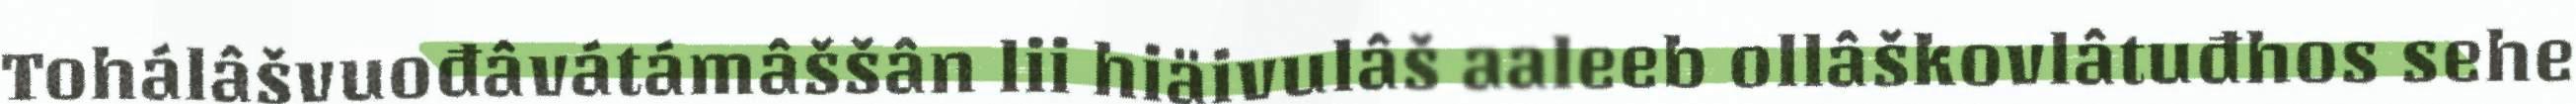
Tohálâšvuođâvátámâššân lii hiäivulâš aaleeb ollâškovlâtuđhos sehe